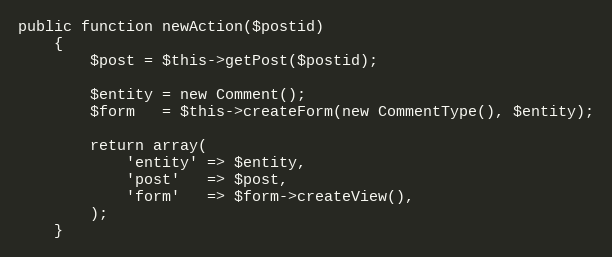
Language: PHP
public function newAction($postid)
    {
        $post = $this->getPost($postid);

        $entity = new Comment();
        $form   = $this->createForm(new CommentType(), $entity);

        return array(
            'entity' => $entity,
            'post'   => $post,
            'form'   => $form->createView(),
        );
    }